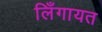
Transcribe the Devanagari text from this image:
लिँगायत